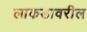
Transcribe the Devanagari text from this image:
लाकडावरील